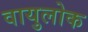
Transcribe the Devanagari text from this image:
वायुलोक